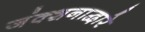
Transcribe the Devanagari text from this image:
जंक्शनाद्वारे